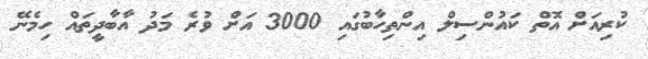
ކުރިއަށް އޮތް ކައުންސިލް އިންތިހާބުގައި 3000 އަށް ވުރެ މަދު އާބާދީތައް ހިމެނޭ